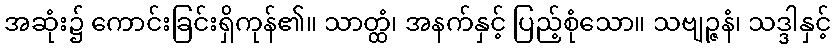
အဆုံး၌ ကောင်းခြင်းရှိကုန်၏။ သာတ္ထံ၊ အနက်နှင့် ပြည့်စုံသော။ သဗျဉ္ဇနံ၊ သဒ္ဒါနှင့်